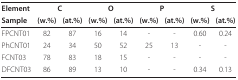
<table><thead><tr><td><b>Element</b></td><td colspan="2"><b>C</b></td><td colspan="2"><b>O</b></td><td colspan="2"><b>P</b></td><td colspan="2"><b>S</b></td></tr><tr><td><b>Sample</b></td><td><b>(w.%)</b></td><td><b>(at.%)</b></td><td><b>(w.%)</b></td><td><b>(at.%)</b></td><td><b>(w.%)</b></td><td><b>(at.%)</b></td><td><b>(w.%)</b></td><td><b>(at.%)</b></td></tr></thead><tbody><tr><td>FPCNT01</td><td>82</td><td>87</td><td>16</td><td>14</td><td>-</td><td>-</td><td>0.60</td><td>0.24</td></tr><tr><td>PhCNT01</td><td>24</td><td>34</td><td>50</td><td>52</td><td>25</td><td>13</td><td>-</td><td>-</td></tr><tr><td>FCNT03</td><td>78</td><td>83</td><td>18</td><td>15</td><td>-</td><td>-</td><td>-</td><td>-</td></tr><tr><td>DFCNT03</td><td>86</td><td>89</td><td>13</td><td>10</td><td>-</td><td>-</td><td>0.34</td><td>0.13</td></tr></tbody></table>